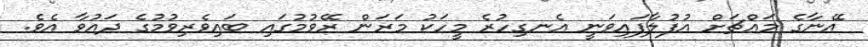
އޭނާގެ މައްޗަށް އުފުލާފައިވަނީ އެނގިހުރެ މީހަކު މަރަން ރޭވުމުގައި ބައިވެރިވުމުގެ ދައުވާ އެވެ.